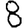
Digit: 8